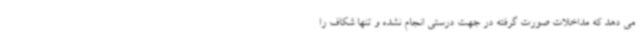
می دهد که مداخلات صورت گرفته در جهت درستی انجام نشده و تنها شکاف را